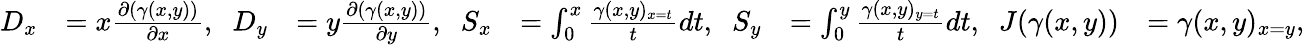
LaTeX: \begin{array}{rlrlrl}{D_{x}}&{=x\frac{\partial(\gamma(x,y))}{\partial x},\; \; D_{y}}&{=y\frac{\partial(\gamma(x,y))}{\partial y},\; \; S_{x}}&{=\int_{0}^{x}\frac{\gamma(x,y)_{x=t}}{t}dt,\; \; S_{y}}&{=\int_{0}^{y}\frac{\gamma(x,y)_{y=t}}{t}dt,\; \; J(\gamma(x,y))}&{=\gamma(x,y)_{x=y},}\end{array}